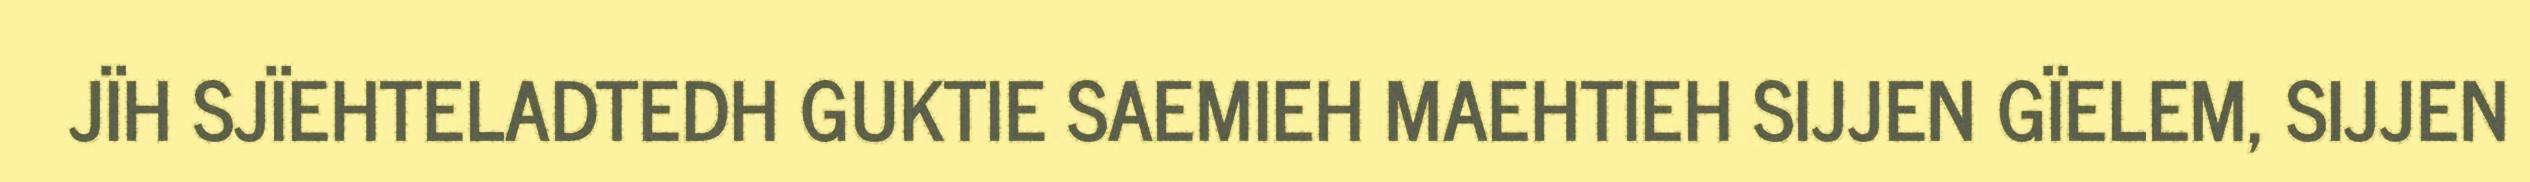
JÏH SJÏEHTELADTEDH GUKTIE SAEMIEH MAEHTIEH SIJJEN GÏELEM, SIJJEN